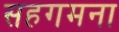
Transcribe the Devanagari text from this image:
सहगमना